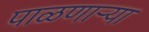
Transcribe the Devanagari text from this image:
पाळणार्‍या